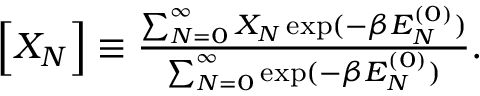
\begin{array} { r } { \Big [ X _ { N } \Big ] \equiv \frac { \sum _ { N = 0 } ^ { \infty } X _ { N } \exp ( - \beta E _ { N } ^ { ( 0 ) } ) } { \sum _ { N = 0 } ^ { \infty } \exp ( - \beta E _ { N } ^ { ( 0 ) } ) } . } \end{array}